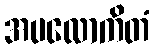
အပလောကိတံ